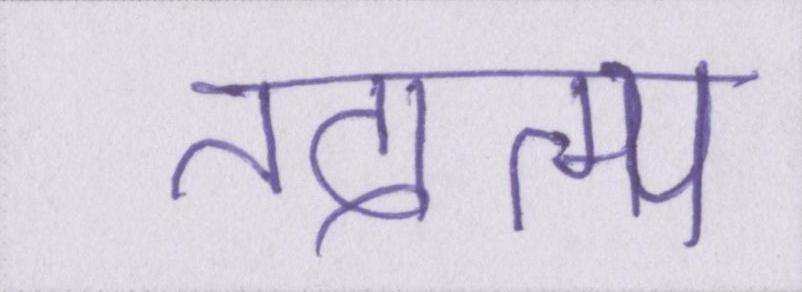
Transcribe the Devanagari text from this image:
तदात्म्य